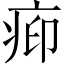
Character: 𬏥